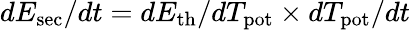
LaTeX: dE_{\mathrm{sec}}/dt=dE_{\mathrm{th}}/dT_{\mathrm{pot}}\times dT_{\mathrm{pot}}/dt